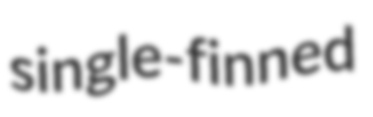
single-finned